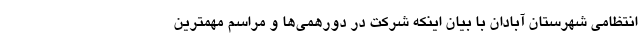
انتظامی شهرستان آبادان با بیان اینکه شرکت در دورهمی‌ها و مراسم مهمترین